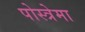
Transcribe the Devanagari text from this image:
पोस्त्रेमा